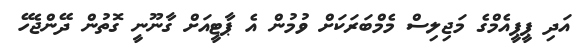
އަދި ޕީޕީއެމްގެ މަޖިލިސް މެމްބަރަކަށް ވުމުން އެ ޕާޓީއަށް ގާނޫނީ ގޮތުން ދޭންޖެހޭ